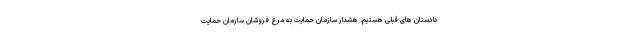
دادستان هاى قبلى هستیم. هشدار سازمان حمایت به مرغ فروشان سازمان حمایت